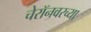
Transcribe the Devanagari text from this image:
चेरॉनवरच्या